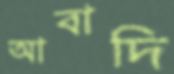
আবাদি